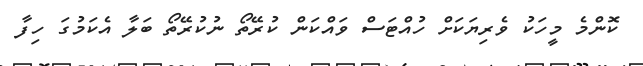
ކޮންމެ މީހަކު ވެރިޔަކަށް ހުއްޓަސް ވައްކަން ކުރޭތޯ ނުކުރޭތޯ ބަލާ އެކަމުގަ ހިފާ